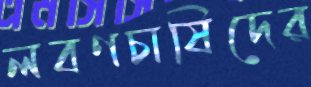
লবণচাষিদের